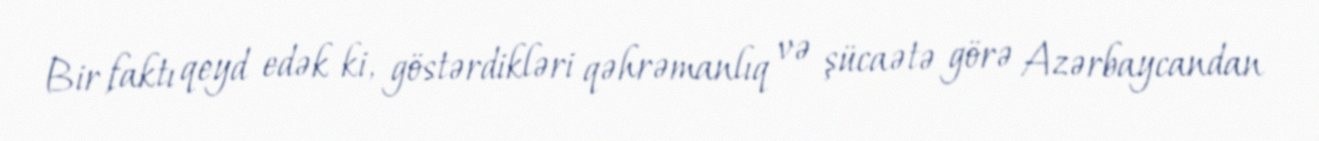
Bir faktı qeyd edək ki, göstərdikləri qəhrəmanlıq və şücaətə görə Azərbaycandan